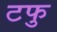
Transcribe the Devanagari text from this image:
टफु